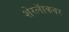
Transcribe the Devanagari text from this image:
शेरलॅाकवर